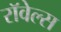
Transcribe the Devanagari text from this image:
रॉवेल्स